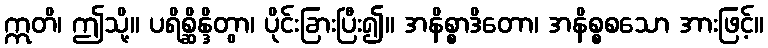
ဣတိ၊ ဤသို့။ ပရိစ္ဆိန္ဒိတွာ၊ ပိုင်းခြားပြီး၍။ အနိစ္စာဒိတော၊ အနိစ္စစသော အားဖြင့်။